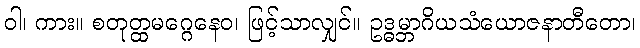
ဝါ၊ ကား။ စတုတ္ထမဂ္ဂေနေဝ၊ ဖြင့်သာလျှင်။ ဥဒ္ဓမ္ဘာဂိယသံယောဇနာတီတော၊